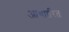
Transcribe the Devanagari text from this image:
आधाारित